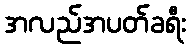
အလည်အပတ်ခရီး